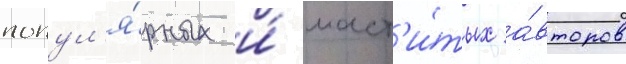
попул'я́рных и́ маст'и́тых а́второв